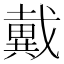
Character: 戴